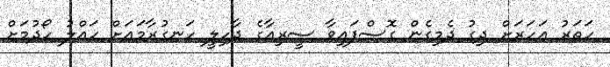
ހަތަރު އަހަރަށް ދިގު ދެމިގެން ގޮސްފައިވާ ސީރިއާގެ ދާހިލީ ހަނގުރާމައަށް ހައްލު ހޯދުމަށް